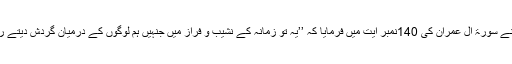
قرآن مجید نے سورۃ آل عمران کی 140نمبر آیت میں فرمایا کہ ’’یہ تو زمانہ کے نشیب و فراز میں جنہیں ہم لوگوں کے درمیان گردش دیتے رہتے ہیں ‘‘۔